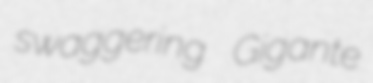
swaggering Gigante